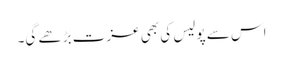
اس سے پولیس کی بھی عزت بڑھے گی۔